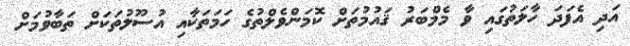
އަދި އެފަދަ ހާލަތުގައި ވާ މެމްބަރު ޤައުމުތަށް ކޮމަންވެލްތުގެ ހަމަތަކާއި އުސޫލުތަކަށް ތަބާވުމަށް